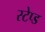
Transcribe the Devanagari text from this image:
स्टेप्ड